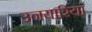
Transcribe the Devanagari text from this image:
उनयारिया